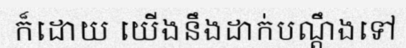
ក៏ដោយ យើងនឹងដាក់បណ្តឹងទៅ